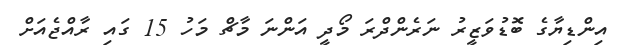
އިންޑިޔާގެ ބޮޑުވަޒީރު ނަރެންދްރަ މޯދީ އަންނަ މާޗް މަހު 15 ގައި ރާއްޖެއަށް